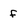
Character: f